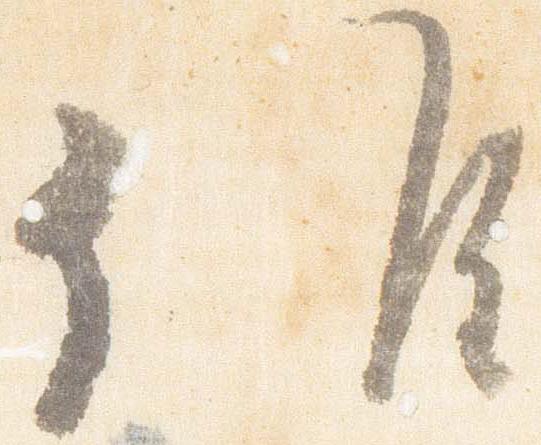
候